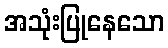
အသုံးပြုနေသော